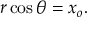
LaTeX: r \cos \theta = x _ { o } .